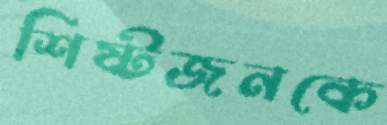
শিষ্টজনকে